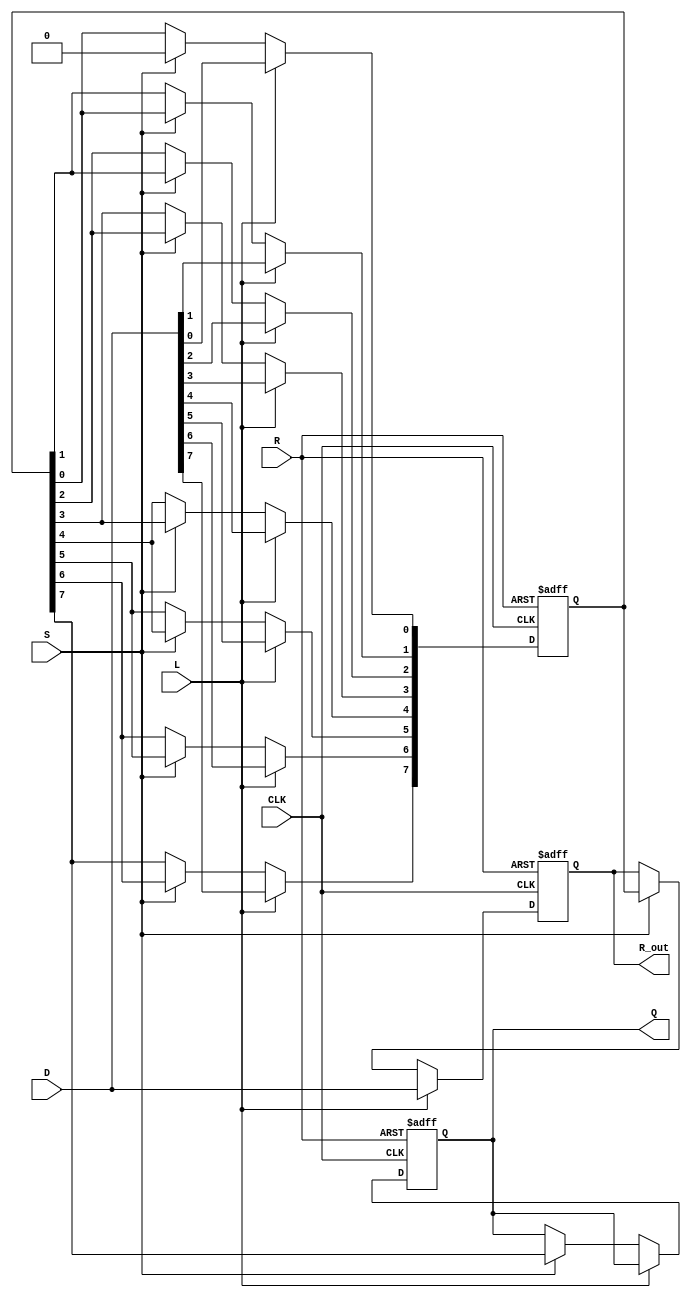
module PISO_Register #(
    parameter width = 8 // Parameter for the width of the register
)(
    input wire [width-1:0] D,   // Data input
    input wire L,                // Load control signal
    input wire S,                // Shift control signal
    input wire CLK,              // Clock signal
    input wire R,                // Asynchronous reset
    output reg Q,                // Serial output
    output reg [width-1:0] R_out // Full register output
);

    reg [width-1:0] register;    // Internal register storage
    integer i;                   // Loop variable

    always @(posedge CLK or posedge R) begin
        if (R) begin
            // Asynchronous reset
            register <= {width{1'b0}}; // Clear the register
            R_out <= {width{1'b0}};    // Clear the output
            Q <= 1'b0;                 // Clear the serial output
        end else begin
            if (L) begin
                // Load data into the register
                register <= D;
                R_out <= D;            // Update full register output
            end else if (S) begin
                // Shift operation
                Q <= register[width-1]; // Output the MSB
                // Shift the register to the right
                for (i = width-1; i > 0; i = i - 1) begin
                    register[i] <= register[i-1];
                end
                register[0] <= 1'b0; // Optional: Shift in a 0 or keep the LSB
                R_out <= register;   // Update full register output
            end
        end
    end

endmodule